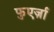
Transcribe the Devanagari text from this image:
फुएर्ज़ा